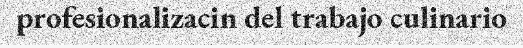
profesionalizacin del trabajo culinario